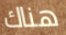
هناك